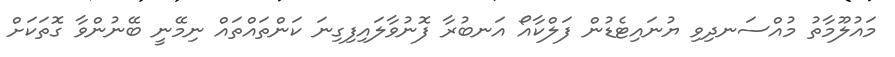
މައުލޫމާތު މުއްސަނދިވި ޔުނައިޓެޑުން ފަލްކާއޯ އަނބުރާ ފޮނުވާލައިފިގިނަ ކަންތައްތައް ނިމޭނީ ބޭނުންވާ ގޮތަކަށް